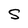
Character: S